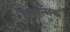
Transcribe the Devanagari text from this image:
गयात्मक